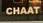
chaat